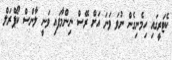
ކެޓަރީގައި ހިމެނިގެން ނުވަ ވަނަ އަށް ރޭސް ނިންމާފައި ވަނީ ލާންސް ކޯޕްރަލް